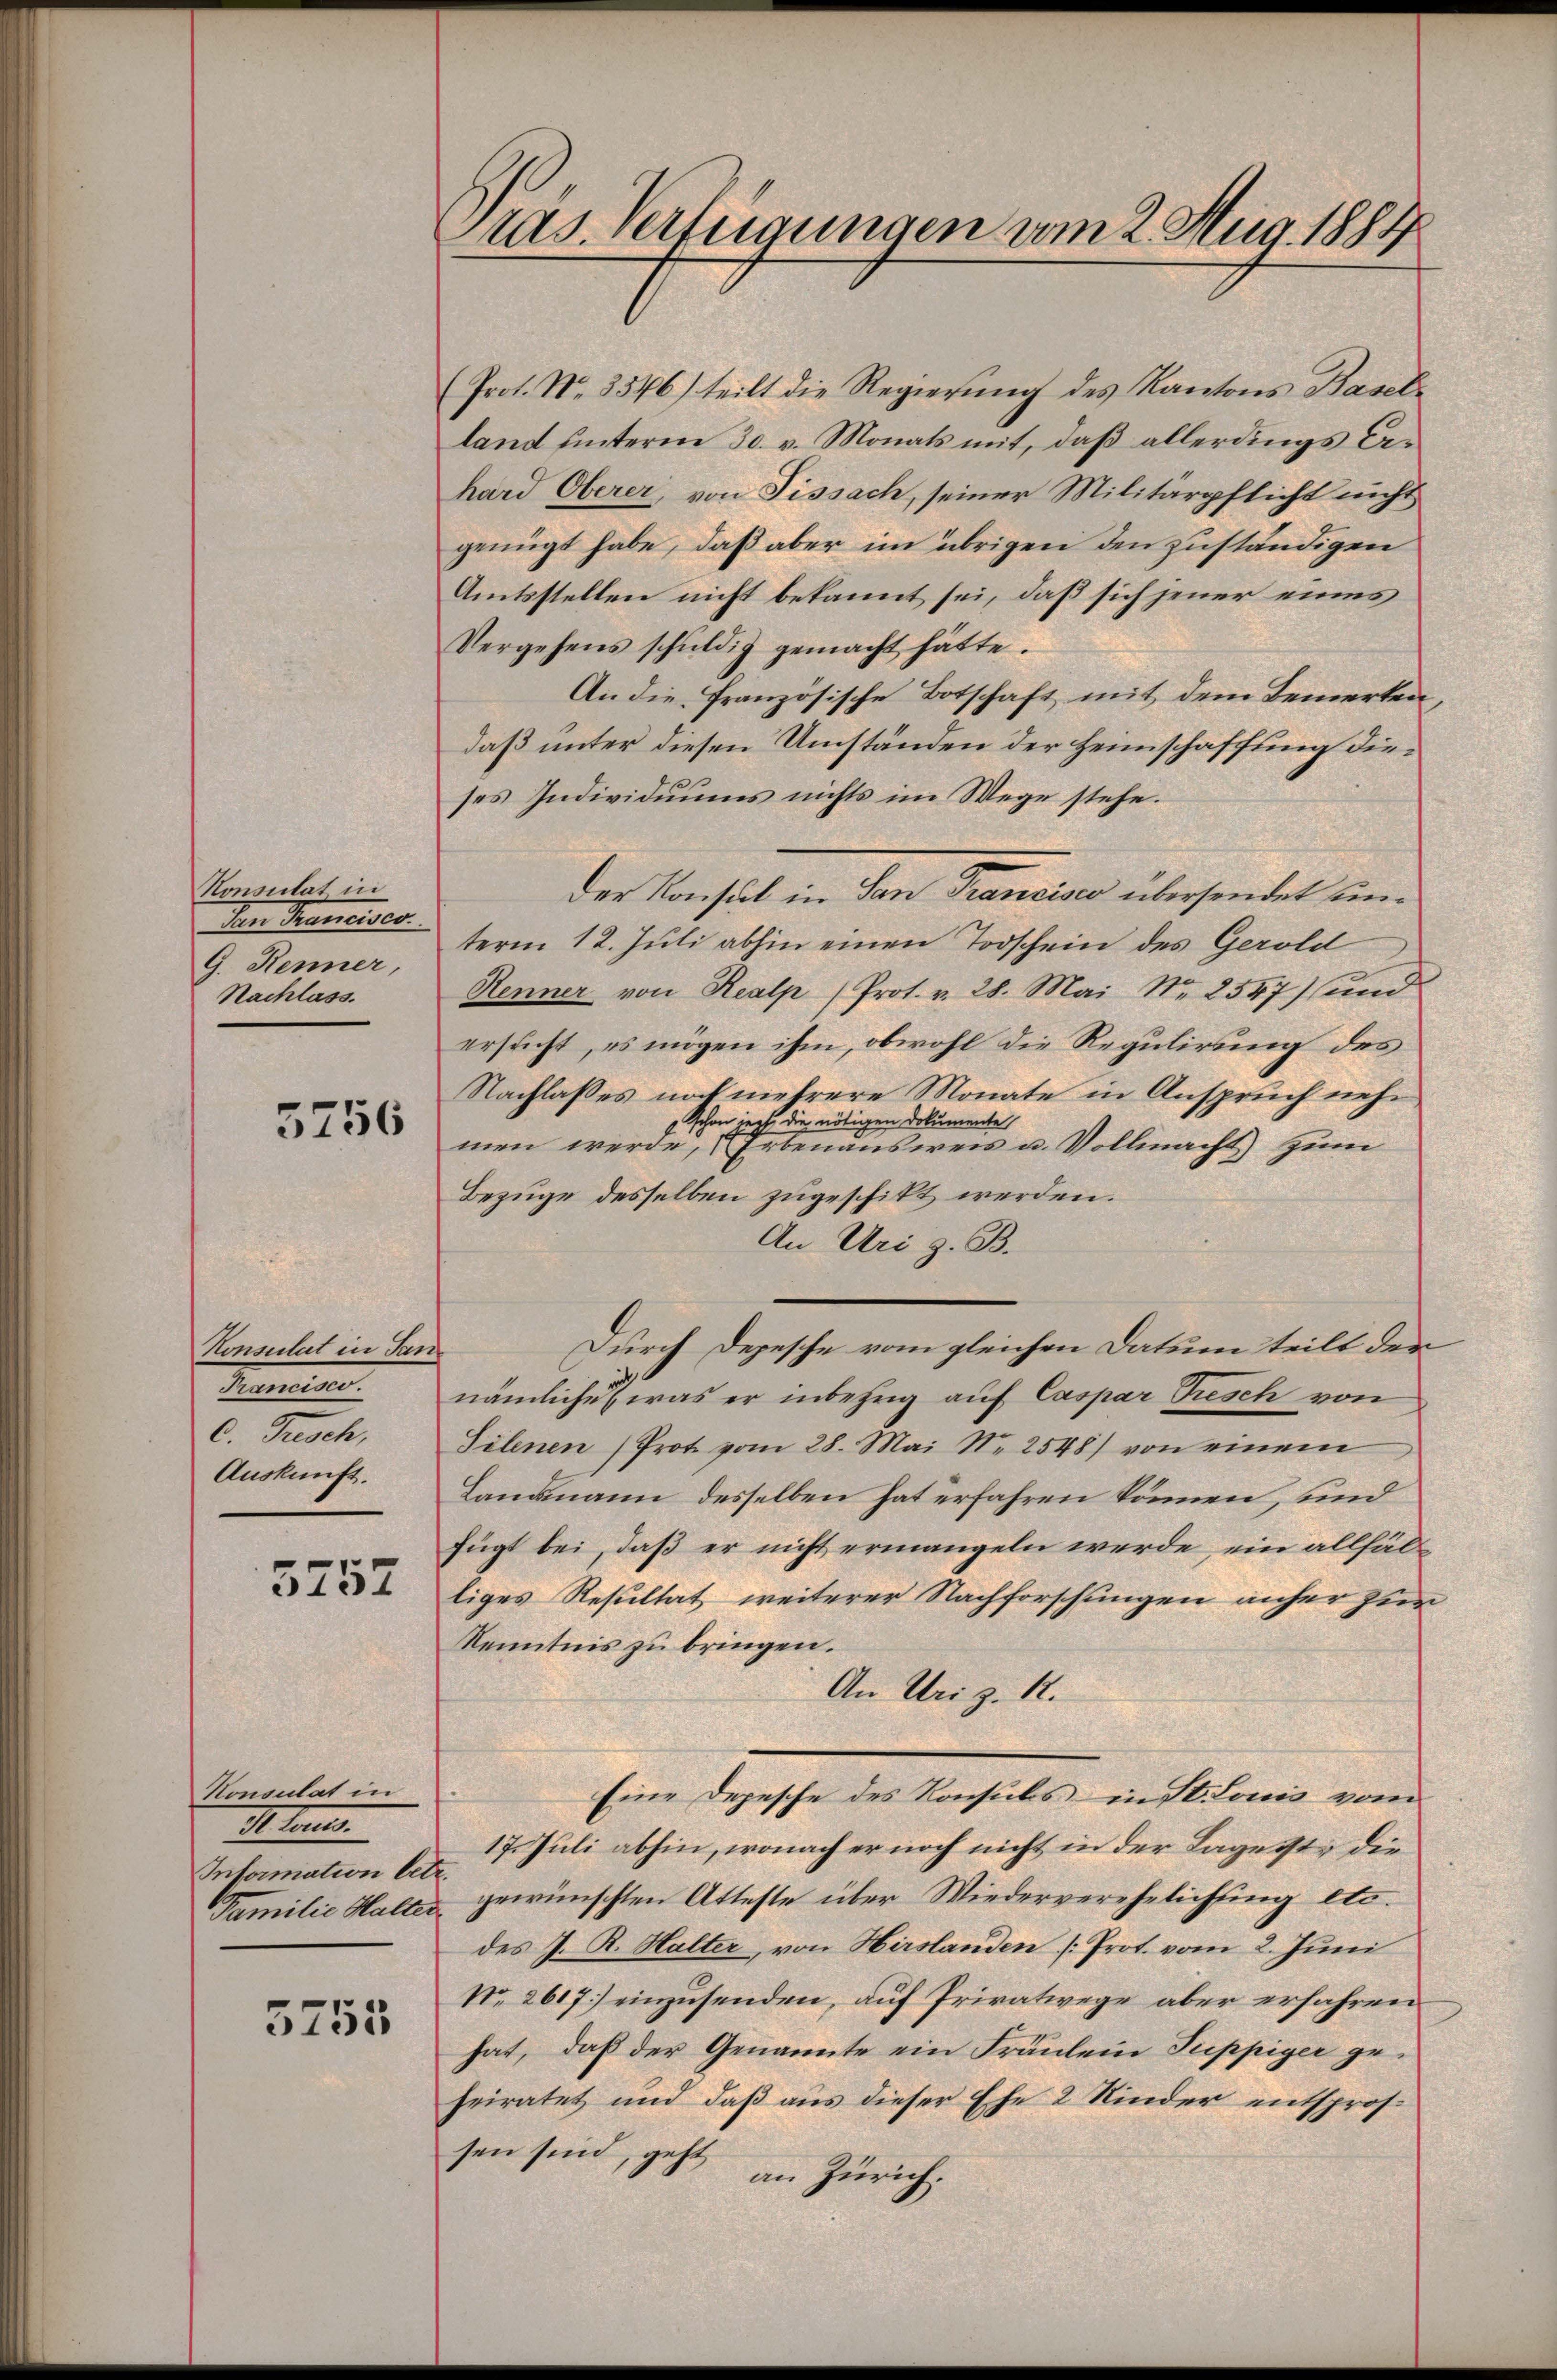
Konsulat in
Den Mancises
G. Renner,
Nachlass.

5756

Konsulat in Tanz
Materien
C. Tusch,
Auskunft.

5757

Konsulat in
I. Lants.
Information betr.

5755

Pras. Verfügungen vom 2. Aug. 1887

(Prot. No. 3546) teilt die Regierung des Kantons Baselland unterm 30. v. Monats mit, daß allerdings behard Oberer, von Fissach, seiner Militärpflicht nicht
genügt habe, daß aber im übrigen den zuständigen
Amtsstellen nicht bekannt sei, daß sich jener eines
Vergehens schuldig gemacht hätte.
An die französische Botschaft mit dem Bemerken,
daß unter diesen Umständen der Heimschaffung dieses Individuums nichts im Wege stehe.
term 12. Juli abhin einen Todschein des Gerold
Renner von Realp (Prot. v. 28. Mai Nr. 2547) und
ersucht, es mögen ihm, obwohl die Regulirung des
Nachlasses noch mehrere Monate in Anspruch nehschon jezt die nötigen Dokumente
men werde, Erbenausweis u. Vollmacht zum
Bezüge desselben zugeschikt werden.
An Uri z. B.
Durch Depesche vom gleichen Datum teilt der
nämliche was er inbezug auf Caspar resch von
Tilenen (Prot vom 28. Mai N. 2548) von einem
Landmann desselben hat erfahren können, und
fügt bei, daß er nicht ermangeln werde, ein allfälliges Resultat weiterer Nachforschungen anher zur
Kenntnis zu bringen.
An Uri z. R.
Eine Depesche des Konsuls in St. Louis vom
17. Juli abhin, wonach er noch nicht in der Lagesst, die
Familie Halter gewünschten Atteste über Wiederverehelichung etc.
des J. R. Halter, von Hirslanden [Prot. vom 2. Juni
No. 2617] einzusenden, auf Privatwege aber erfahren
hat, daß der Genannte ein Fräulein Puppiger geheiratet und daß aus dieser Ehe 2 Kinder entsprossen sind, geht
an Zürich.

Der Konsul in San Francisco übersendet un¬